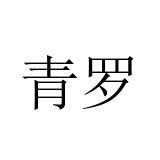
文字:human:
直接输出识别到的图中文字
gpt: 青罗